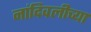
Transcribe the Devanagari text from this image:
नांदिवलीच्या